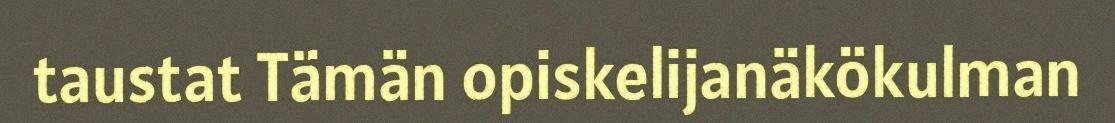
taustat Tämän opiskelijanäkökulman